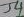
Text: J4